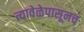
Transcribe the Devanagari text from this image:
त्यावेळेपासूनच